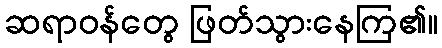
ဆရာဝန်တွေ ဖြတ်သွားနေကြ၏။